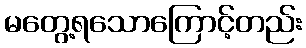
မတွေ့ရသောကြောင့်တည်း